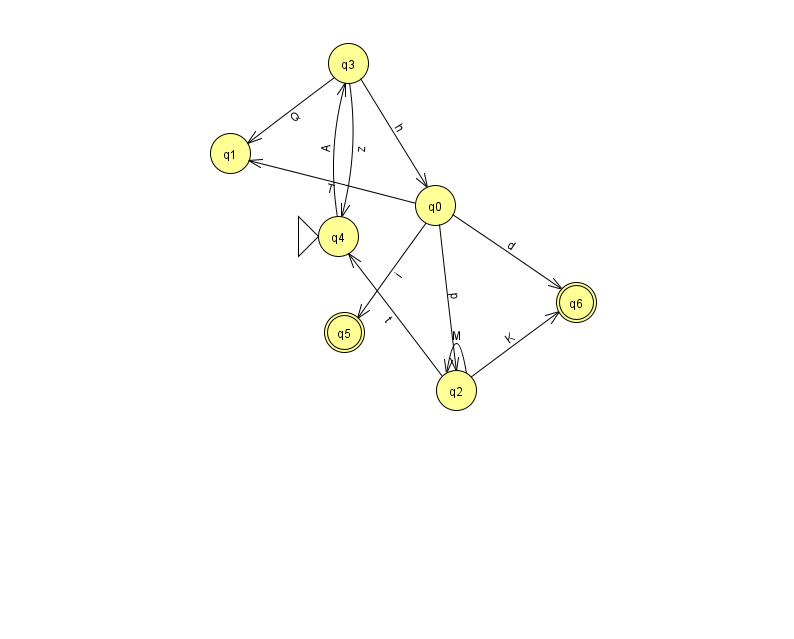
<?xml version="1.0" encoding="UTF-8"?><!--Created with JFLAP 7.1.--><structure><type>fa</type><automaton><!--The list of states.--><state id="0" name="q0"><x>435.0</x><y>192.0</y></state><state id="1" name="q1"><x>230.0</x><y>140.0</y></state><state id="2" name="q2"><x>456.0</x><y>377.0</y></state><state id="3" name="q3"><x>348.0</x><y>50.0</y></state><state id="4" name="q4"><x>338.0</x><y>223.0</y><initial/></state><state id="5" name="q5"><x>344.0</x><y>319.0</y><final/></state><state id="6" name="q6"><x>576.0</x><y>289.0</y><final/></state><!--The list of transitions.--><transition><from>0</from><to>5</to><read>i</read></transition><transition><from>0</from><to>2</to><read>p</read></transition><transition><from>3</from><to>4</to><read>z</read></transition><transition><from>0</from><to>6</to><read>d</read></transition><transition><from>3</from><to>1</to><read>Q</read></transition><transition><from>3</from><to>0</to><read>h</read></transition><transition><from>2</from><to>2</to><read>M</read></transition><transition><from>2</from><to>4</to><read>t</read></transition><transition><from>2</from><to>6</to><read>K</read></transition><transition><from>0</from><to>1</to><read>T</read></transition><transition><from>4</from><to>3</to><read>A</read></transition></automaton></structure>